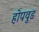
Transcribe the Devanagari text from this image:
होपवुड